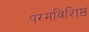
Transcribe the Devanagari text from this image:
परमविशिष्ठ